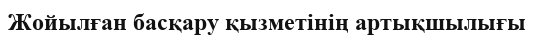
Жойылған басқару қызметінің артықшылығы